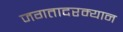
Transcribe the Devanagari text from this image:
जगतादरम्यान